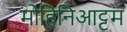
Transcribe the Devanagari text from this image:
मोहिनिआट्टम